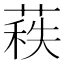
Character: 𦷍